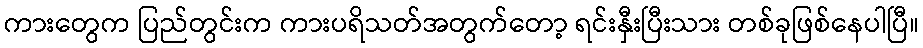
ကားတွေက ပြည်တွင်းက ကားပရိသတ်အတွက်တော့ ရင်းနှီးပြီးသား တစ်ခုဖြစ်နေပါပြီ။